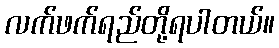
လက်ဖက်ရည်တို့ရပါတယ်။